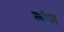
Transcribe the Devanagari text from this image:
लांज